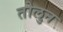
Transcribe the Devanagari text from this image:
तोलुन